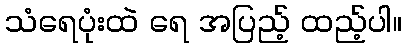
သံရေပုံးထဲ ရေ အပြည့် ထည့်ပါ။